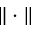
\| \cdot \|